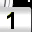
Digit: 1